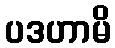
ပဒဟာမိ